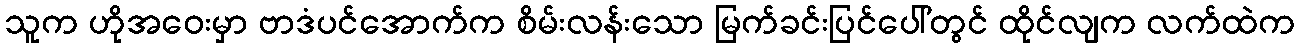
သူက ဟိုအဝေးမှာ ဗာဒံပင်အောက်က စိမ်းလန်းသော မြက်ခင်းပြင်ပေါ်တွင် ထိုင်လျက လက်ထဲက